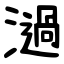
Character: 濄